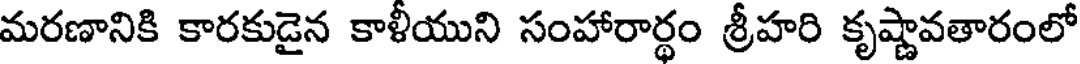
మరణానికి కారకుడైన కాళీయుని సంహారార్థం శ్రీహరి కృష్ణావతారంలో